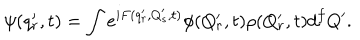
LaTeX: \psi ( q _ { r } ^ { \prime } , t ) = \int e ^ { i F ( q _ { r } ^ { \prime } , Q _ { s } ^ { \prime } , t ) } \phi ( Q _ { r } ^ { \prime } , t ) \rho ( Q _ { r } ^ { \prime } , t ) d ^ { f } Q ^ { \prime } .